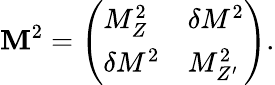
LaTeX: \mathbf{M}^{2}=\left(\begin{array}{ll}{{M_{Z}^{2}}}&{{\delta M^{2}}}\\ {{\delta M^{2}}}&{{M_{Z^{\prime}}^{2}}}\end{array}\right).